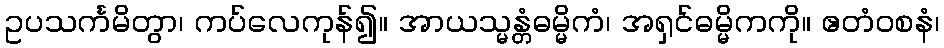
ဥပသင်္ကမိတွာ၊ ကပ်လေကုန်၍။ အာယသ္မန္တံဓမ္မိကံ၊ အရှင်ဓမ္မိကကို။ ဧတံဝစနံ၊